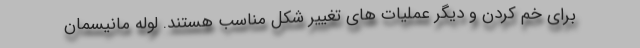
برای خم کردن و دیگر عملیات های تغییر شکل مناسب هستند. لوله مانیسمان